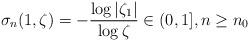
LaTeX: \begin{align*} \sigma_{n}(1,\zeta)=-\frac{\log \vert\zeta_{1}\vert}{\log \zeta}\in{(0,1]}, n\geq n_{0}\end{align*}